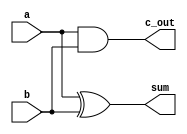
module half_adder(a,b,sum, c_out);
input a,b;
output sum, c_out;

assign sum = a ^ b ;
assign c_out = a & b ;

endmodule